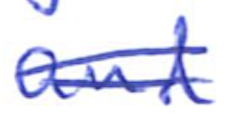
Text: and
Cross-out: double-line
Writing tool: ballpoint